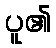
ပူ၏